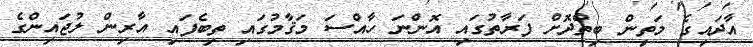
އާދައިގެ މަތިން ބިތްދޮށް ފަރާތުގައި އޮންނަ ހާއްސަ މަޤާމުގައި ތިބެފައި އާރިން ލުޖައިންގެ